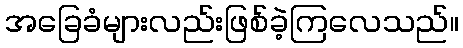
အခြေခံများလည်းဖြစ်ခဲ့ကြလေသည်။